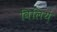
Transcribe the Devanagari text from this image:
विलियं